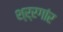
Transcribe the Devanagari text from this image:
श्र्रगांर